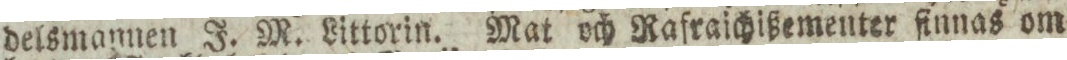
delsmannen J. M. Littorin. Mat och Rafraichißementer finnas om